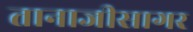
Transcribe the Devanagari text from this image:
तानाजीसागर